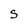
Character: S